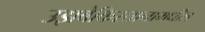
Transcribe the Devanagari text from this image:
उझबेकिस्तानामधील